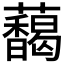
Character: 𬟞